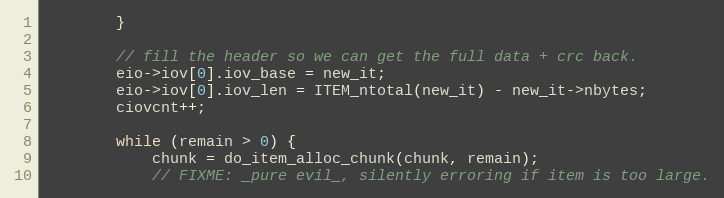
Language: C
        }

        // fill the header so we can get the full data + crc back.
        eio->iov[0].iov_base = new_it;
        eio->iov[0].iov_len = ITEM_ntotal(new_it) - new_it->nbytes;
        ciovcnt++;

        while (remain > 0) {
            chunk = do_item_alloc_chunk(chunk, remain);
            // FIXME: _pure evil_, silently erroring if item is too large.